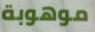
موهوبة